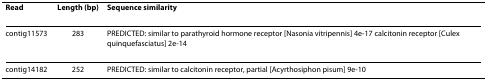
| Read | Length (bp) | Sequence similarity |
 | --- | --- | --- |
 | contig11573 | 283 | PREDICTED: similar to parathyroid hormone receptor [Nasonia vitripennis] 4e-17 calcitonin receptor [Culex quinquefasciatus] 2e-14 |
 | contig14182 | 252 | PREDICTED: similar to calcitonin receptor, partial [Acyrthosiphon pisum] 9e-10 |